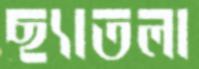
ছ্যাতলা